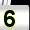
Digit: 5